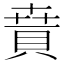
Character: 𧶚